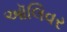
ઑલિવર